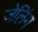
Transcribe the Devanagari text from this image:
जेलिंग